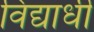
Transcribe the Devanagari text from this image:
विद्यार्धी